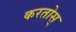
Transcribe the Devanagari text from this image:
करतोस्